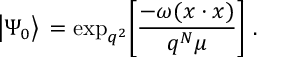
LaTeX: \big | \Psi _ { 0 } \big > \, = \mathrm { e x p } _ { q ^ { 2 } } \bigg [ { \frac { - \omega ( x \cdot x ) } { q ^ { N } \mu } } \bigg ] \ .